[Report on the health of British troops in the Madras command]
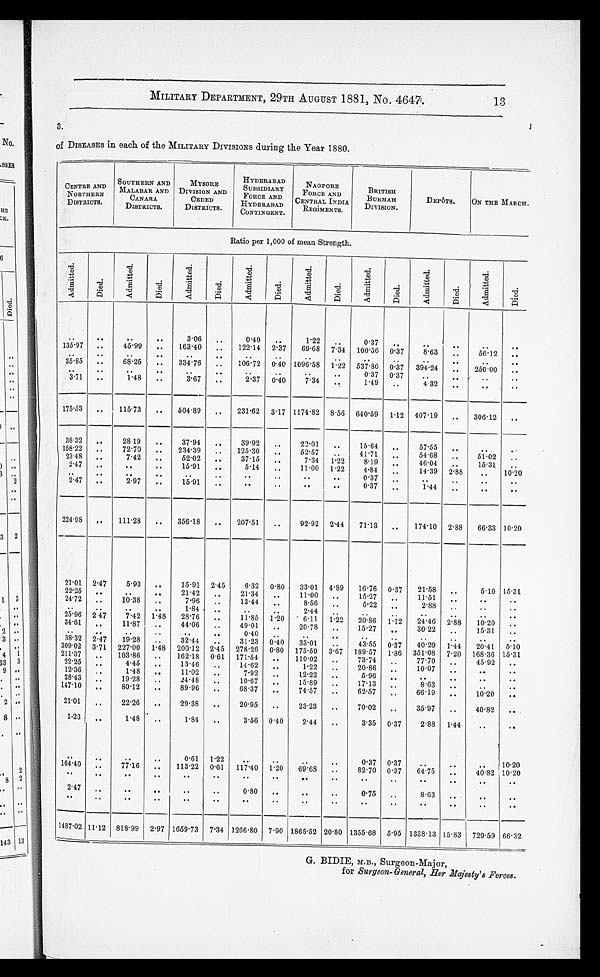
MILITARY DEPARTMENT, 29TH AUGUST 1881, No. 4647.
13
of DISEASES in each of the MILITARY DIVISIONS during the Year 1880.
CENTRE AND
NORTHERN
DISTRICTS.
SOUTHERN AND
MALABAR AND
CANARA
DISTRICTS.
MYSORE
DIVISION AND
CEDED
DISTRICTS.
HYDERA BAD
SUBSIDIARY
FOR CE AND
HYDERABAD
CONTINGENT.
NAGP ORE
R
FORCE AND
CENTRAL INDIA
V
REGiMEN TS.
BRITISH
BURMAH
DIVISION.
DEPôTS.
ON THE MARCH
.
Ratio per 1,000 of mean Strength.
A d m i t t e d . D i e d .
A d m i t t e d .
D i e d .
A d m i t t e d .
D i e d .
A d m i t t e d .
D i e d .
A d m i t t e d .
Di e d .
A d m i t t e d .
D i e d .
A d m i t t e d .
D i e d .
A d m i t t e d .
D i e d .
00
..
00
3.06
..
0.40
..
1.22
. .
0.37
..
..
. .
. .
135 . 97
.
45 . 99
..
163.40
_
122.14 2 . 37
69 . 68 7
0
. 34 100 .56 0. 37
8.63
..
56-12
..
00
..
..
06
• •
..
..
00
OS
35 . 85
-
68.25
..
334.76
..
106.72 0 . 40 1096 . 58 1 . 22 537 . 80 0 . 37
394 . 24
..
25000
..
00
110
00
010
00
..
• •
0.37 0 . 3
.
00
3 . 71
..
1.48
..
3.67
.
2 . 37
0 .40
7.34
1-49
..
4.'32
00
011
..
175 . 53
..
115.73
..
504.89
..
231.62 3 . 17 1174 . 82 8 . 56 640 . 59
1 . 12 407 . 19
..
306-12
..
3832
..
2819
..
37.94
-
39.92
..
22.01
..
15-64
, .
57.55
e.
158 . 22
,,
72.70
..
234.39
, .
125.30
..
52.57
..
41.71
..
54.68
..
51.02
..
2348
..
7.42
.
52 . 02
37.15
-
7.34
1 . 2 . 2
8.19
46.04
..
15.31
..
2 .47
.
ell
-
15.91
..
5.14
..
11.00
1 . 22
4.84
14.39 2 . 88
..
10.20
..
00
..
..
0.37
..
00
00
2 . 47
..
2.97
..
15.91
..
..
, ,
..
..
0.37
..
1.44
..
..
..
224 . 98
..
111.28
..
356.18
..
207.51
. ,
92.92 2 . 44
7P13
, ,
174.10 2 . 88
66 . 33 10.20
21 . 01 2 .47
5.93
..
15.91 2 . 45
6.32 0 . 80
33.01
4 . 89
16 . 76 0 . 37
21 . 58
-
, ,
--
5.10 15.31
22 . 25
..
..
21.42
..
21.34
..
11.00
..
15.27
11.51
00
24 . 72
, .
10.38
-
7.96
-
13.44
OS
8.56
..
5.22
„
00
2.88
. ,
, •
..
00
SO
1.84
..
2.44
..
..
..
Of
25 . 96 2 47
7.42 1 . 48
28-76
..
11.85
1 . 20
• 6-11
1 . 22
20 . 86
1 . 12
24 . 46 2 . 88
10.20
_
34 . 61
..
11.87
..
44'06
..
49.01
..
20.78
..
15.27
.,
3022
. .
15.31
..
DO
..
0*
011
0.40
.
.
38 . 32 2 . 47
19'28
: .
32.44
..
31.23 0 .4. 0
3. 3. . 01
..
4.3..55 0: 3 . 7
4. 0.. 29 1 1 44
2. 0.. 41
5..10
309 . 02 3 . 71 227'00
1'48 200 . 12 2 . 45 278 . 26 0 . 80 173 . 59 3 . 67 189 . 57
1 . 86 351 . 08 7 . 20 168 . 36 15.31
211 . 37
103.86
..
162.18 0 . 61
171 . 54
..
110.02
73.74
77.70
45.92
22 . 25
„
4.45
..
13.46
..
14.62
. ,
1.22
.
20.8
„
10.07
_
..
12 . 36
_
1.48
..
11.02
..
7-92
..
12.22
..
..
5.96
00
00
.
..
00
28 .4
00
19 . 28
..
24.48
..
10.67
..
15.89
-
17.13
..
8.63
OS
..
00
147 . 10
..
80.12
-
89.96
..
68.37
..
74.57
..
62.57
. ,
..
66.19
..
10.20
..
21'01
„
22.26
..
29.38
..
20.95
..
23.23
..
70.02
_
35.97
..
40.82
.. .
1•23
..
1.48
..
1.84
..
3.56 0 . 40
2.44
..
3'35 0 . 37
2.88
1 . 44
-
.0
o a
0 0
a •
04
0.61
1 . 22
-
..
0.37 0 . 37
..
..
..
10.20
164 .40
„
77'16
_
113.22 0 . 61
117 .40 1 . 20
,
69 . 68
: .
82.70 0 . 37
64'75
40.82 10.20
00
00
e •
Of
00
,,
Of
011
04
Of
Of
• •
00
..
2 . 17
„
..
• •
..
..
0.80
..
..
..
0.75
_
8.63
..
00
00
• .
..
00
00
00
• •
OD
00
00
00
. •
1487 . 02
-
11 . 12 818 . 99 2 . 97 1659 . 73
7 . 34 1266 . 80 7 . 90 1865. 52 20 . 80 1355 . 68 5 . 95 1338 . 13 15 . 831
I
729 . 59
I
66.32
G. BIDIE, M.B., Surgeon-Major,
for Surgeon-General, Her Majesty's Forces.